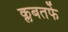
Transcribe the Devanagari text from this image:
क्लबतर्फे